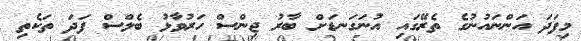
މިފަދަ އަންނައުނުގެ ތެރޭގައި އުނަގަނޑަށް ބާރު ޖިންސް ހަރުވާޅު ބެލްސް ފަދަ ތަކެތި